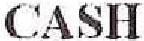
CASH